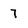
Character: 7